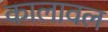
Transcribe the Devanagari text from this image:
कालावल